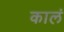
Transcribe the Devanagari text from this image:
कालं